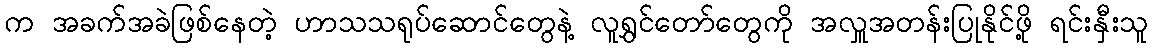
က အခက်အခဲဖြစ်နေတဲ့ ဟာသသရုပ်ဆောင်တွေနဲ့ လူရွှင်တော်တွေကို အလှူအတန်းပြုနိုင်ဖို့ ရင်းနှီးသူ